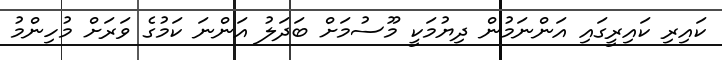
ކައިރި ކައިރީގައި އަންނަމުން ދިޔުމަކީ މޫސުމަށް ބަދަލު އަންނަ ކަމުގެ ވަރަށް މުހިންމު